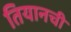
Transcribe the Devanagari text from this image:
तियानची